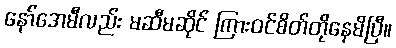
နော်အေမီလည်း မဆီမဆိုင် ကြားဝင်စိတ်တိုနေမိပြီ။